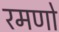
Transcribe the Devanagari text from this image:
रमणो